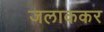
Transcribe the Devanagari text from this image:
जलाककर